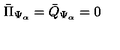
{ \bar { \Pi } } _ { \Psi _ { \alpha } } = { \bar { Q } } _ { \Psi _ { \alpha } } = 0